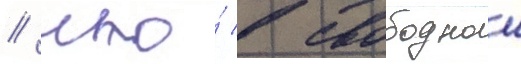
/ что́ в свободнои